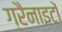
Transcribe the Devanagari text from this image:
ग्रैनाइटों